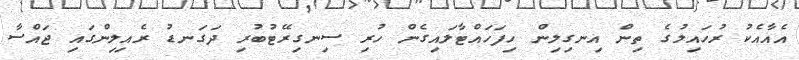
އެއާއެކު ރުހައިލުގެ ތިން އިނގިލިން ހިފަހައްޓާލައިގެން ހުރި ސިނގިރޭޓުބުރި ދަގަނޑު ރެއިލިންގައި ޖައްސާ